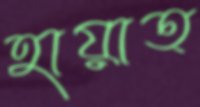
হায়াত্